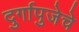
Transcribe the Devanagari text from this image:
दुर्गापुजेचे